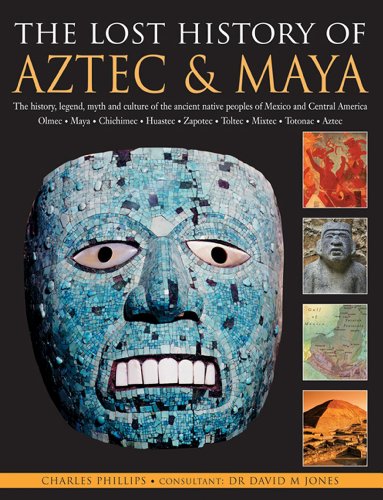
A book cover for The Lost History Of Aztec & Maya: The History, Legend, Myth And Culture Of The Ancient Native Peoples Of Mexico And Central America: Olmec, Maya, ... Zapotec, Toltec, Mixtec, Totonac, Aztec; Charles Phillips; History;